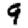
Digit: 9